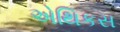
એથિકસ